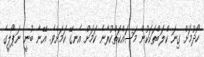
ހޯދުމަށް ގިނަ ކްލަބްތަކަކުން މަސައްކަތްކުރާނެ ކަމަށް އެނގޭ ކަމަށެވެ. އޭނާ ބުނީ ނަޕޯލީގެ